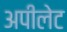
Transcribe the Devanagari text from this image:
अपीलेट